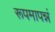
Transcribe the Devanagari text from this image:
रूपमापन्नं